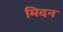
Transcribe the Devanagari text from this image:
मिदन